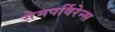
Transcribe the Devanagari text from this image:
सेमपर्विरेन्स